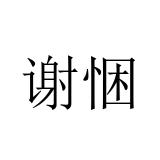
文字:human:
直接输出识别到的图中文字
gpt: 谢悃